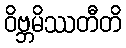
ဝိဗ္ဘမိဿတီတိ